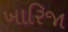
ખારિજા